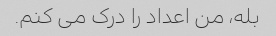
بله، من اعداد را درک می کنم.